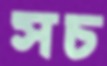
সচ